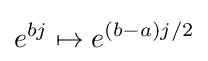
e^{bj}\mapsto e^{(b-a)j/2}